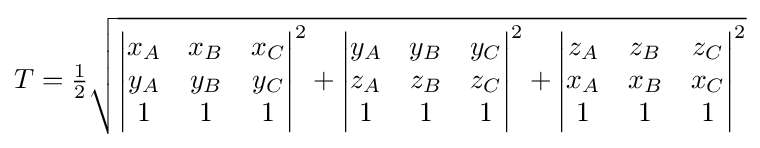
T={\tfrac {1}{2}}{\sqrt {{\begin{vmatrix}x_{A}&x_{B}&x_{C}\\y_{A}&y_{B}&y_{C}\\1&1&1\end{vmatrix}}^{2}+{\begin{vmatrix}y_{A}&y_{B}&y_{C}\\z_{A}&z_{B}&z_{C}\\1&1&1\end{vmatrix}}^{2}+{\begin{vmatrix}z_{A}&z_{B}&z_{C}\\x_{A}&x_{B}&x_{C}\\1&1&1\end{vmatrix}}^{2}}}